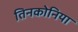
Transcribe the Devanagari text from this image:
तिनकोनिया